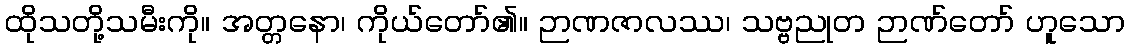
ထိုသတို့သမီးကို။ အတ္တနော၊ ကိုယ်တော်၏။ ဉာဏဇာလဿ၊ သဗ္ဗညုတ ဉာဏ်တော် ဟူသော